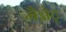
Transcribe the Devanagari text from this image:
मैग्नेट्